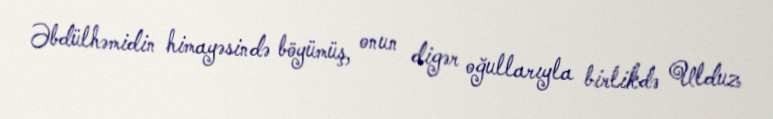
Əbdülhəmidin himayəsində böyümüş, onun digər oğullarıyla birlikdə Ulduz